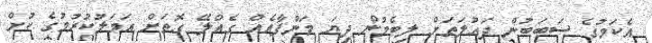
އެކަމުގެ ސަބަބުން ދައުލަތަށް ލިބެމުން ދިޔަ މަންފާއެއް ގެއްލޭ ގޮތަށް އަމަލުކުރުމުގެ ކުށް